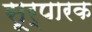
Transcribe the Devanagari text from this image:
सूर्पारक